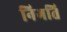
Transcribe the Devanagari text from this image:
निगति